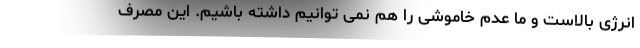
انرژی بالاست و ما عدم خاموشی را هم نمی توانیم داشته باشیم. این مصرف